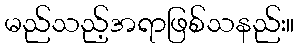
မည်သည့်အရာဖြစ်သနည်း။